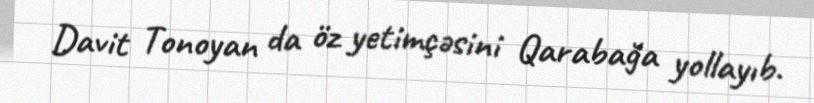
Davit Tonoyan da öz yetimçəsini Qarabağa yollayıb.